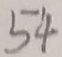
5 4